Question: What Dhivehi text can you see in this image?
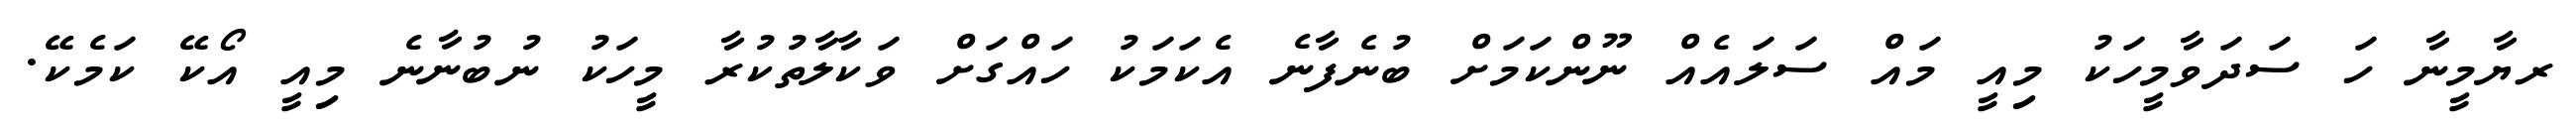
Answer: ރޔާމީނާ ހަ ސަދަވާމީހަކު މިއީ މައް ސަލައެއް ނޫންކަމަށް ބުނެފާނެ އެކަމަކު ހައްގަށް ވަކާލާތުކުރާ މީހަކު ނުބުނާނެ މިއީ އޯކޭ ކަމެކޭ.